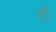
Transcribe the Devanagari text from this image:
टॉ